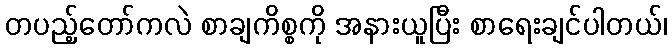
တပည့်တော်ကလဲ စာချကိစ္စကို အနားယူပြီး စာရေးချင်ပါတယ်၊